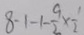
8 - 1 - 1 - \frac { 9 } { 2 } \times \frac { 1 } { 2 }